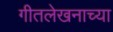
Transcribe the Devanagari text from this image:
गीतलेखनाच्या